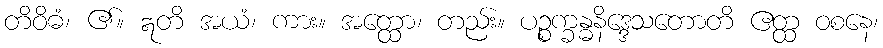
တိဝိဓံ၊ ၏။ ဣတိ အယံ၊ ကား။ အတ္ထော၊ တည်း။ ပဉ္စက္ခန္ဓနိဒ္ဒေသတောတိ ဧတ္ထ ဝစနေ၊